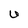
Character: U